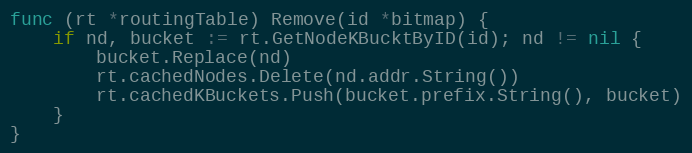
Language: Go
func (rt *routingTable) Remove(id *bitmap) {
	if nd, bucket := rt.GetNodeKBucktByID(id); nd != nil {
		bucket.Replace(nd)
		rt.cachedNodes.Delete(nd.addr.String())
		rt.cachedKBuckets.Push(bucket.prefix.String(), bucket)
	}
}